Annual report of the Camel Specialist
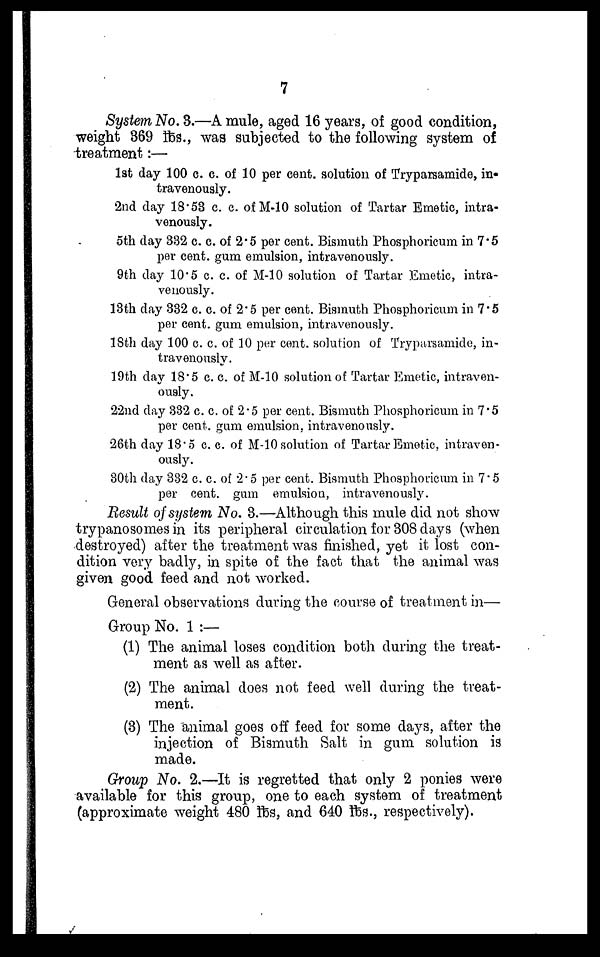
7
System No. 3.—A mule, aged 16 years, of good condition,
weight 369 lbs., was subjected to the following system of
treatment:—
1st day 100 c. c. of 10 per cent. solution of Tryparsamide, in-
travenously.
2nd day 18.53 c. c. of M-10 solution of Tartar Emetic, intra-
venously.
5th day 332 c. c. of 2.5 per cent. Bismuth Phosphoricum in 7.5
per cent. gum emulsion, intravenously.
9th day 10.5 c. c. of M-10 solution of Tartar Emetic, intra-
venously.
13th day 332 c. c. of 2.5 per cent. Bismuth Phosphoricum in 7.5
per cent. gum emulsion, intravenously.
18th day 100 c. c. of 10 per cent. solution of Tryparsamide, in-
travenously.
19th day 18.5 c. c. of M-10 solution of Tartar Emetic, intraven-
ously.
22nd day 332 c. c. of 2.5 per cent. Bismuth Phosphoricum in 7.5
per cent. gum emulsion, intravenously.
26th day 18.5 c c. c. of M-10 solution of Tartar Emetic, intraven-
ously.
30th day 332 c. c. of 2.5 per cent. Bismuth Phosphoricum in 7.5
per cent. gum emulsion, intravenously.
Result of system No. 3.—Although this mule did not show
trypanosomes in its peripheral circulation for 308 days (when
destroyed) after the treatment was finished, yet it lost con-
dition very badly, in spite of the fact that the animal was
given good feed and not worked.
General observations during the course of treatment in—
Group No. 1 :—
(1) The animal loses condition both during the treat-
ment as well as after.
(2) The animal does not feed well during the treat-
ment.
(3) The animal goes off feed for some days, after the
injection of Bismuth Salt in gum solution is
made.
Group No. 2.—It is regretted that only 2 ponies were
available for this group, one to each system of treatment
(approximate weight 480 lbs, and 640 lbs., respectively).